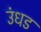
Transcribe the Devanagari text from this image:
उंधड